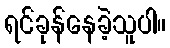
ရင်ခုန်နေခဲ့သူပါ။